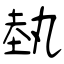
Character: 埶